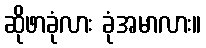
ဆိုဖာခုံလား ခုံအမာလား။